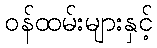
ဝန်ထမ်းများနှင့်